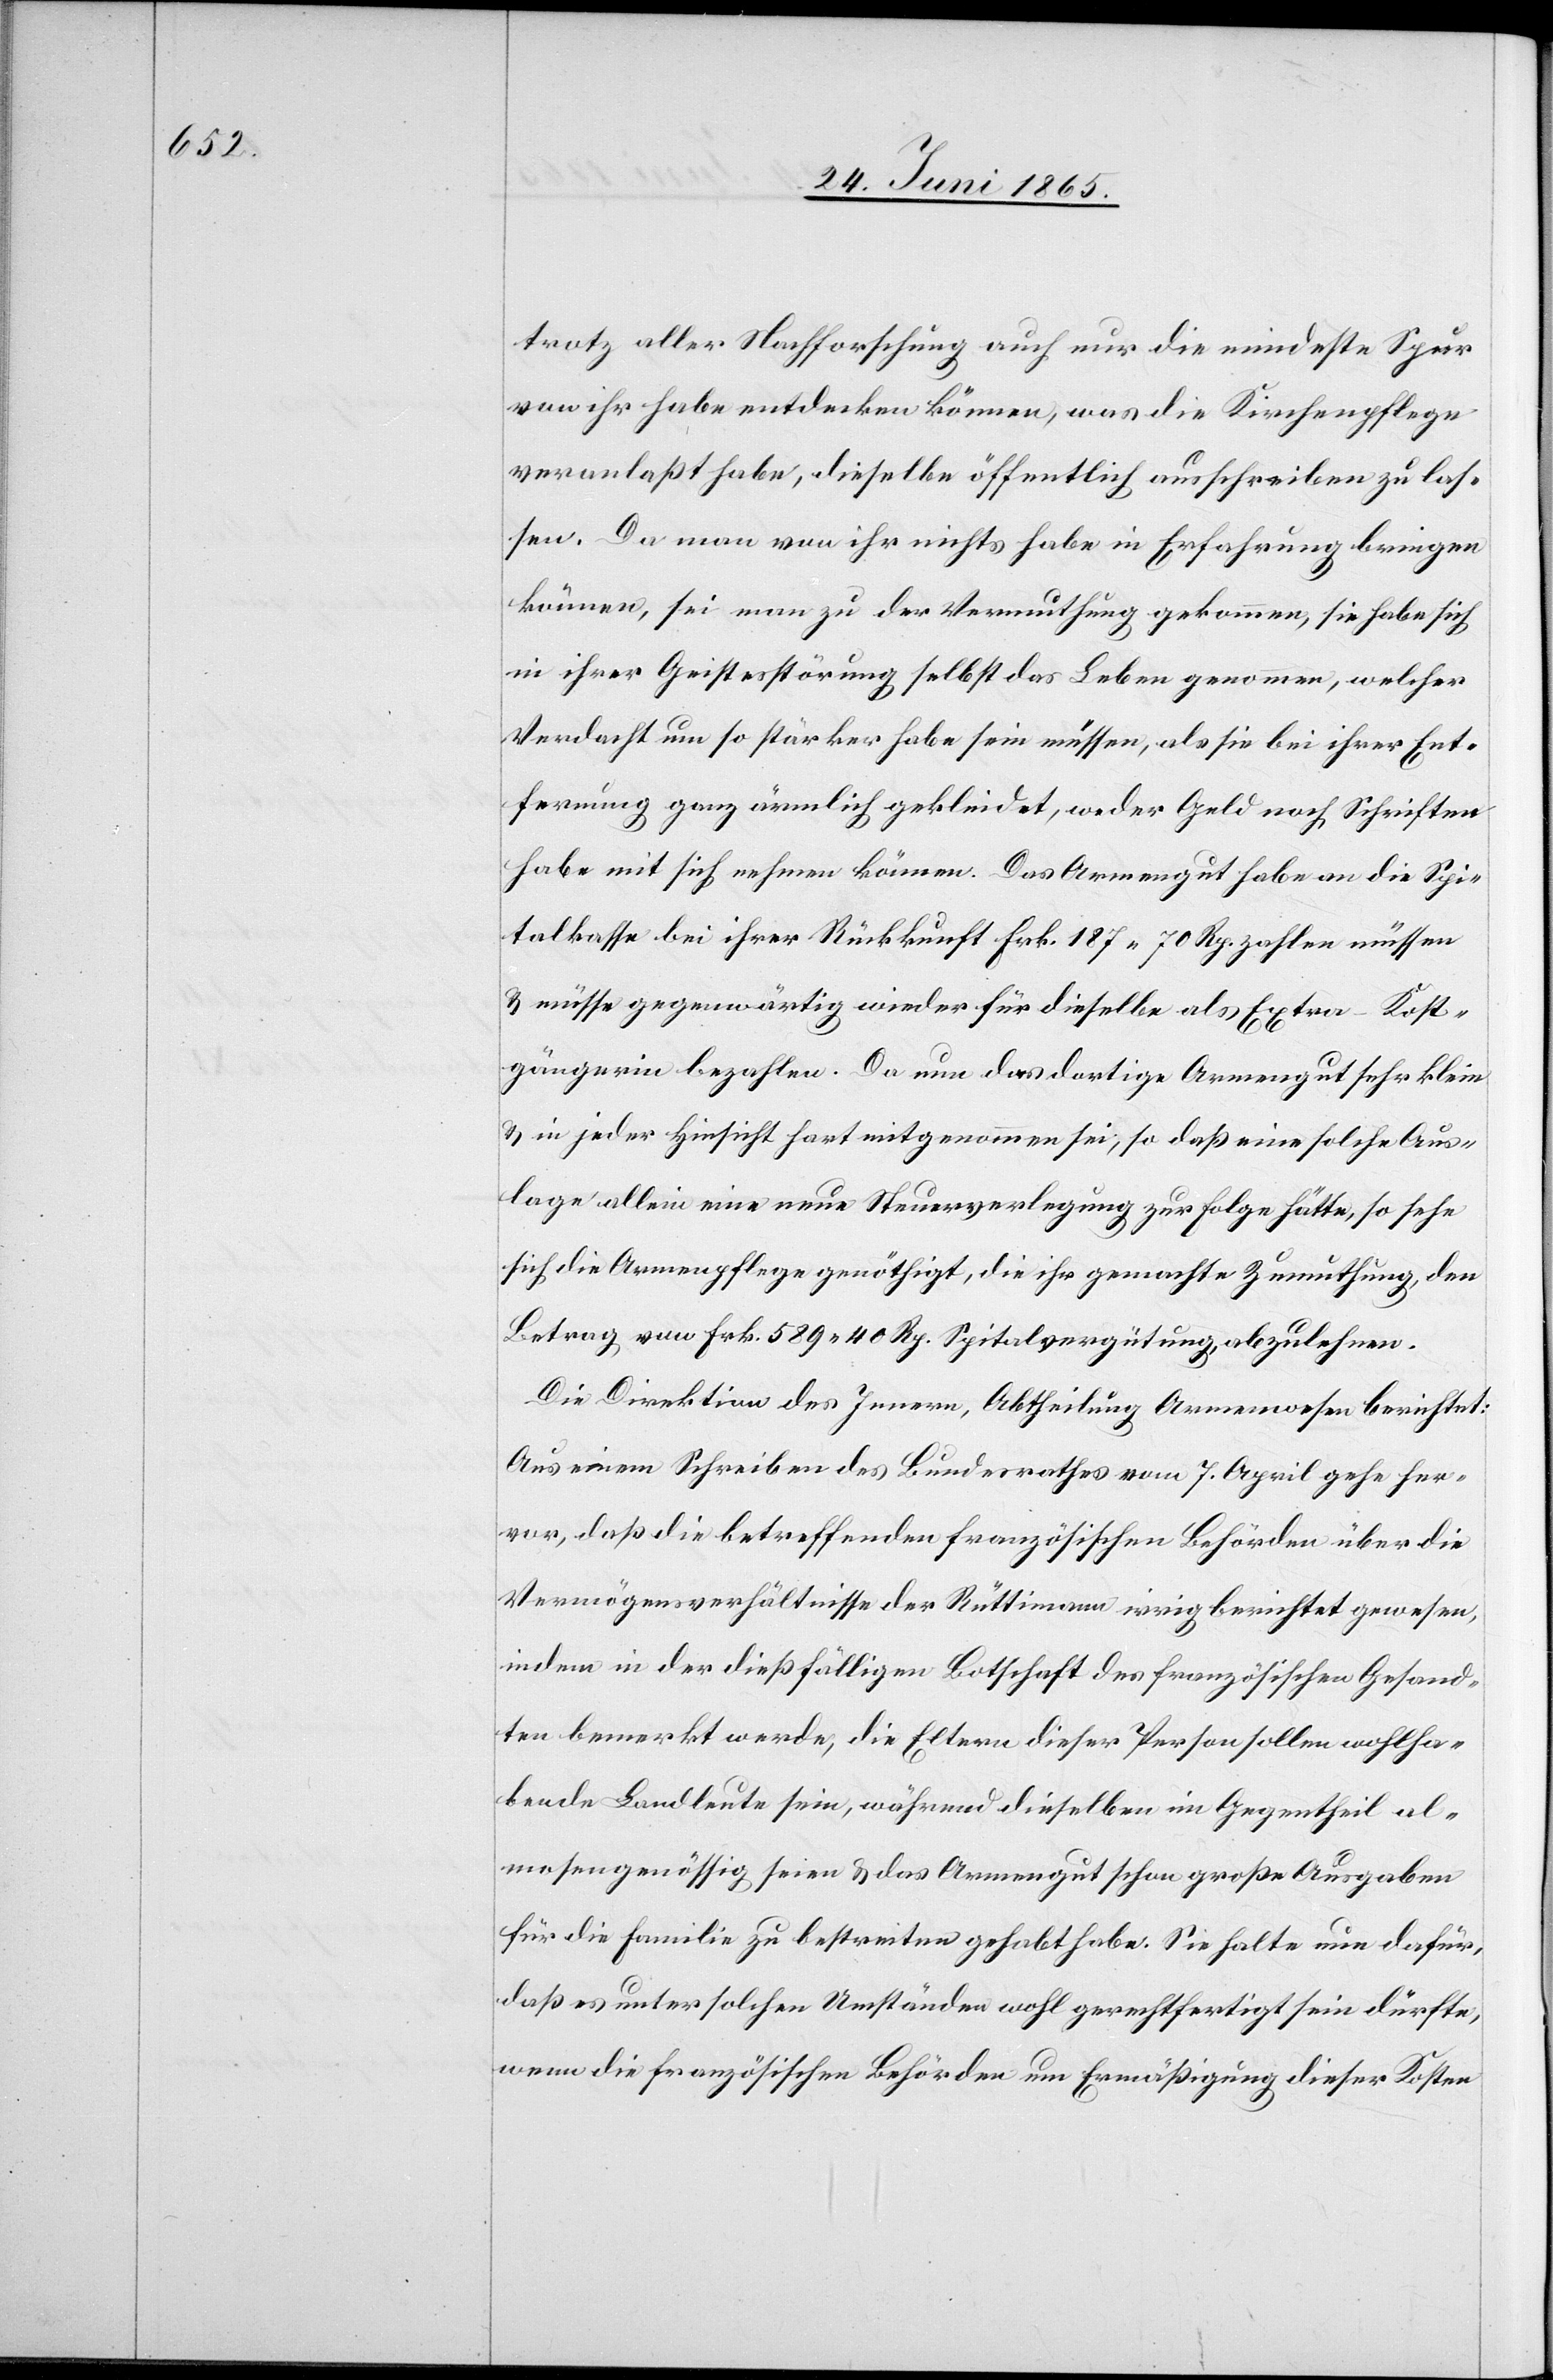
trotz aller Nachforschung auch nur die mindeste Spur
von ihr habe entdecken können, was die Kirchenpflege
veranlaßt habe, dieselbe öffentlich ausschreiben zu las¬
sen. Da man von ihr nichts habe in Erfahrung bringen
können, sei man zu der Vermuthung gekommen, sie habe sich
in ihrer Geistesstörung selbst das Leben genommen, welcher
Verdacht um so stärker habe sein müssen, als sie bei ihrer Ent¬
fernung ganz ärmlich gekleidet, weder Geld noch Schriften
habe mit sich nehmen können. Das Armengut habe an die Spi¬
talkasse bei ihrer Rückkunft Frk. 187 70 Rp. zahlen müssen
& müsse gegenwärtig wieder für dieselbe als Extra-Kost¬
gängerin bezahlen. Da nun das dortige Armengut sehr klein
& in jeder Hinsicht hart mitgenommen sei, so das eine solche Aus¬
lage allein eine neue Steuerverlegung zur Folge hätte, so sehe
sich die Armenpflege genöthigt, die ihr gemachte Zumuthung, den
Betrag von Frk. 589 40 Rp. Spitalvergütung, abzulehnen.
Die Direktion des Innern, Abtheilung Armenwesen berichtet:
Aus einem Schreiben des Bundesrathes vom 7. April gehe her¬
vor, das die betreffenden französischen Behörden über die
Vermögensverhältnisse der Rüttimann irrig berichtet gewesen,
indem in der dießfäligen Botschaft des französischen Gesand¬
ten bemerkt werde, die Eltern dieser Person sollen wohlha¬
bende Landleute sein, während dieselben im Gegentheil al¬
mosengenössig seien & das Armengut schon große Ausgaben
für die Familie zu bestreiten gehabt habe. Sie halte nun dafür,
daß es unter solchen Umständen wohl gerechtfertigt sein dürfte,
wenn die französischen Behörden um Ermäßigung dieser Kosten